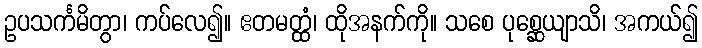
ဥပသင်္ကမိတွာ၊ ကပ်လေ၍။ ဧတမတ္ထံ၊ ထိုအနက်ကို။ သစေ ပုစ္ဆေယျာသိ၊ အကယ်၍